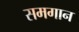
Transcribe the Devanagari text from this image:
समगान